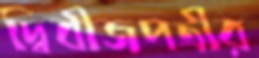
দ্বিবীজপত্রীর